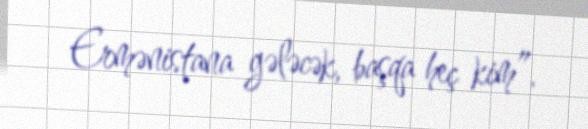
Ermənistana gələcək, başqa heç kim”.